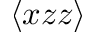
\langle x z z \rangle